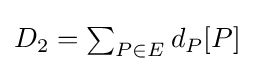
{\textstyle D_{2}=\sum _{P\in E}{d_{P}[P]}}